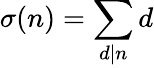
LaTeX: \sigma(n)=\sum_{d\mid n}d